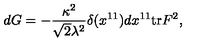
d G = - { \frac { \kappa ^ { 2 } } { \sqrt { 2 } \lambda ^ { 2 } } } \delta ( x ^ { 1 1 } ) d x ^ { 1 1 } \mathrm { t r } F ^ { 2 } ,